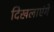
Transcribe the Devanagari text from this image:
दिखलाएंगे